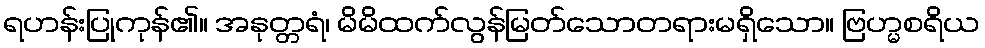
ရဟန်းပြုကုန်၏။ အနုတ္တရံ၊ မိမိထက်လွန်မြတ်သောတရားမရှိသော။ ဗြဟ္မစရိယ